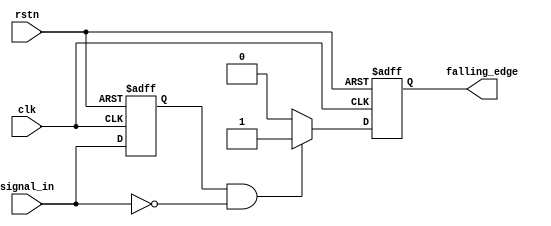
module falling_edge_detector (
    input wire clk,               // Clock input
    input wire rstn,              // Active low asynchronous reset
    input wire signal_in,         // Input signal to detect falling edge
    output reg falling_edge       // Output signal indicating falling edge detection
);

    reg signal_in_prev;           // Register to store the previous state of the input signal

    // Asynchronous reset and edge detection logic
    always @(posedge clk or negedge rstn) begin
        if (!rstn) begin
            signal_in_prev <= 1'b0; // Initialize previous state to low on reset
            falling_edge <= 1'b0;   // Initialize falling edge output to low
        end else begin
            // Falling edge detection logic
            if (signal_in_prev == 1'b1 && signal_in == 1'b0) begin
                falling_edge <= 1'b1; // Set output high on falling edge
            end else begin
                falling_edge <= 1'b0;  // Reset output to low otherwise
            end
            
            // Update previous state of the input signal
            signal_in_prev <= signal_in;
        end
    end

endmodule